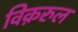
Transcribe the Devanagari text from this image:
विक़रुल